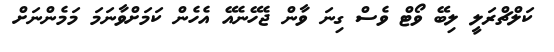
ކަލްޗްރަލީ ލިބޭ ވޯޓް ވެސް ގިނަ ވާން ޖެހޭނެއޭ އެހެން ކަަމަށްވާނަމަ މަމެންނަށް